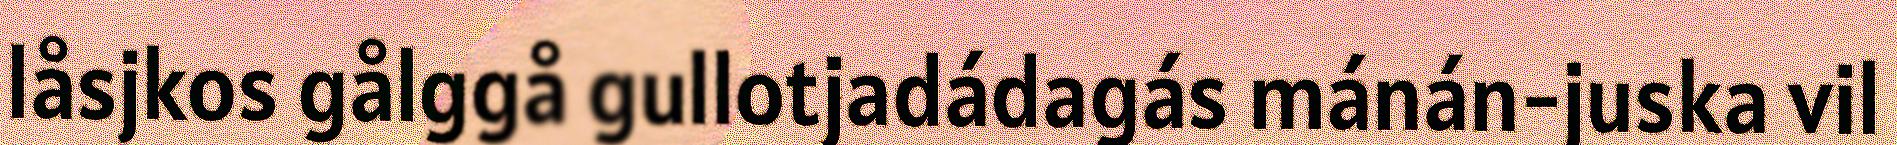
låsjkos gålggå gullotjadádagás mánán-juska vil